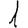
Digit: 1